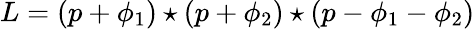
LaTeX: L=(p+\phi_{1})\star(p+\phi_{2})\star(p-\phi_{1}-\phi_{2})